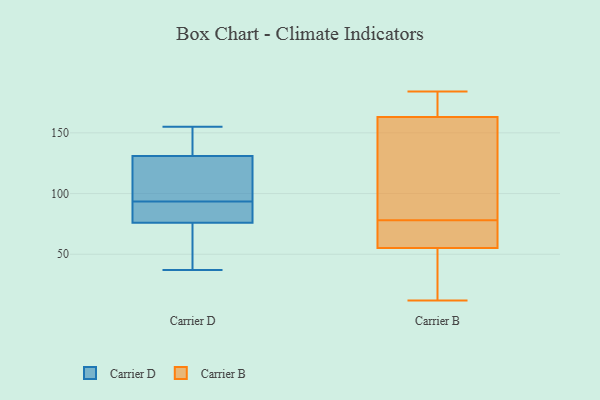
{"axis": {"x": "Energy Usage (MWh)", "y": "Value"}, "legend": ["Carrier B", "Carrier D"], "data": [{"x": "", "y": 47, "type": "Carrier D"}, {"x": "", "y": 116, "type": "Carrier D"}, {"x": "", "y": 131, "type": "Carrier D"}, {"x": "", "y": 76, "type": "Carrier D"}, {"x": "", "y": 97, "type": "Carrier D"}, {"x": "", "y": 37, "type": "Carrier D"}, {"x": "", "y": 79, "type": "Carrier D"}, {"x": "", "y": 90, "type": "Carrier D"}, {"x": "", "y": 147, "type": "Carrier D"}, {"x": "", "y": 155, "type": "Carrier D"}, {"x": "", "y": 12, "type": "Carrier B"}, {"x": "", "y": 180, "type": "Carrier B"}, {"x": "", "y": 127, "type": "Carrier B"}, {"x": "", "y": 65, "type": "Carrier B"}, {"x": "", "y": 78, "type": "Carrier B"}, {"x": "", "y": 184, "type": "Carrier B"}, {"x": "", "y": 24, "type": "Carrier B"}, {"x": "", "y": 175, "type": "Carrier B"}, {"x": "", "y": 104, "type": "Carrier B"}, {"x": "", "y": 59, "type": "Carrier B"}, {"x": "", "y": 84, "type": "Carrier B"}, {"x": "", "y": 48, "type": "Carrier B"}, {"x": "", "y": 184, "type": "Carrier B"}, {"x": "", "y": 64, "type": "Carrier B"}, {"x": "", "y": 24, "type": "Carrier B"}, {"x": "", "y": 104, "type": "Carrier B"}, {"x": "", "y": 176, "type": "Carrier B"}, {"x": "", "y": 55, "type": "Carrier B"}, {"x": "", "y": 56, "type": "Carrier B"}]}